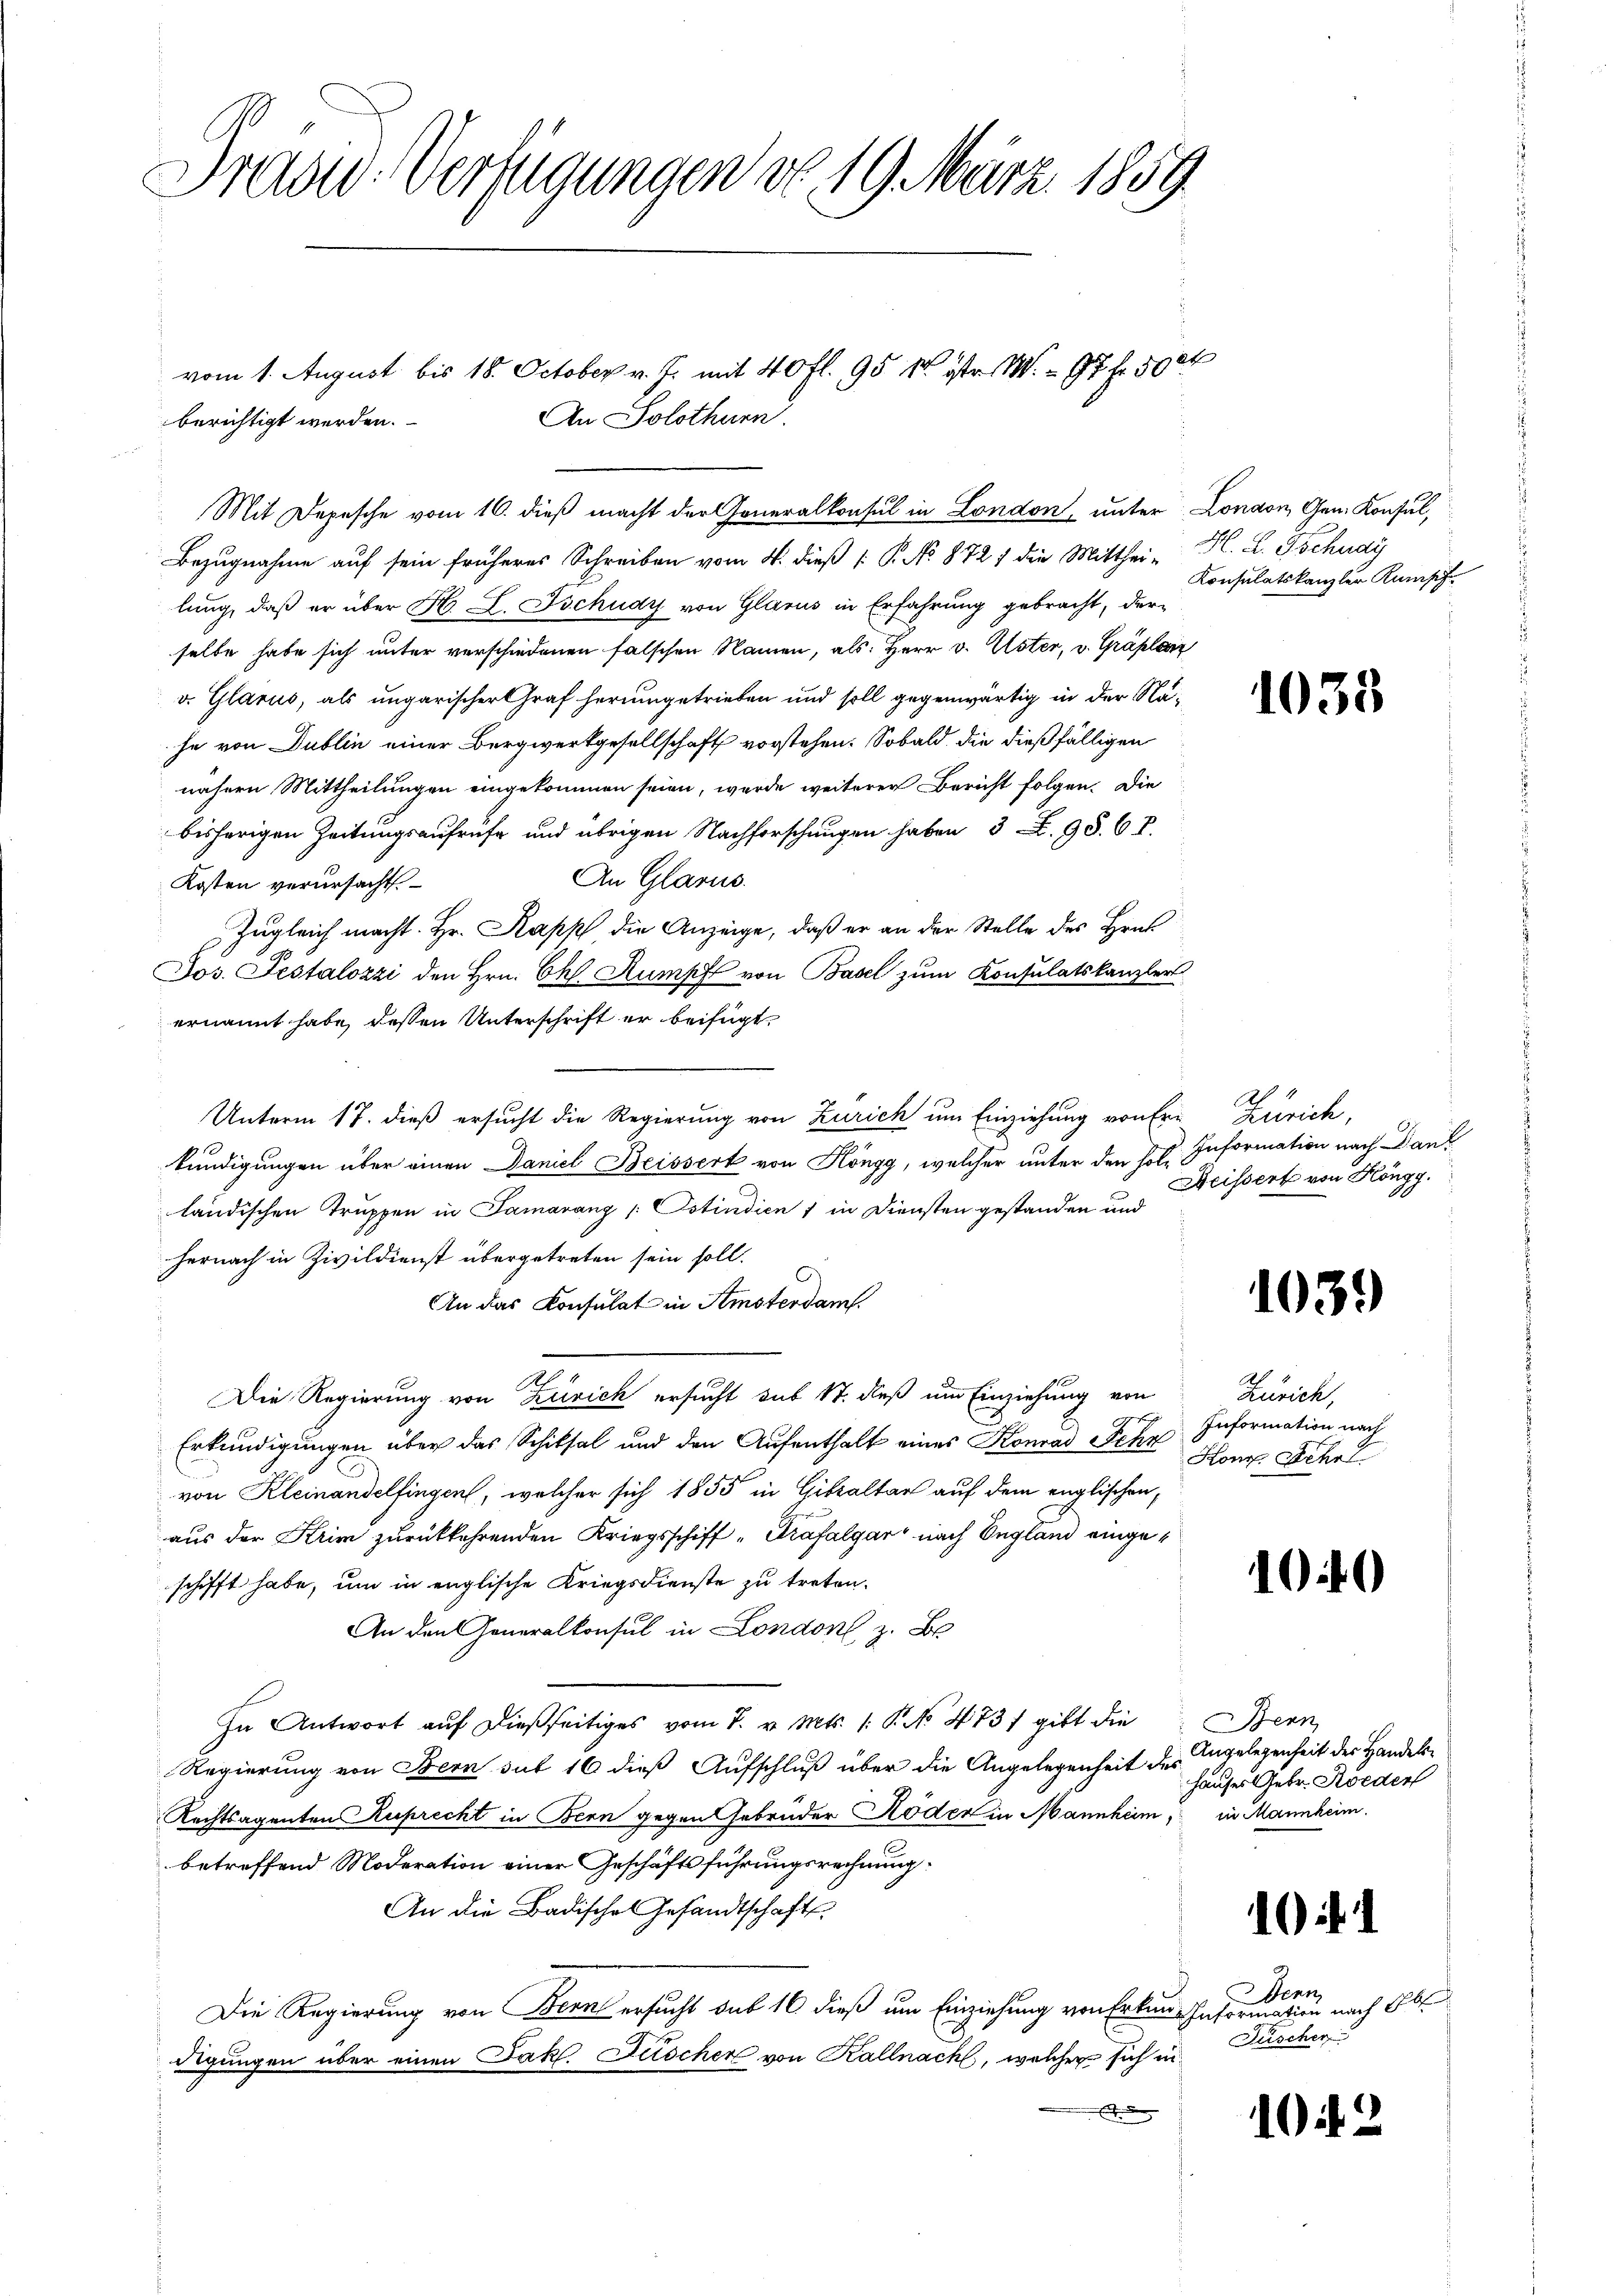
Drad-Verfügungen do 19. März. 1859

Bezugnahme auf sein früheres Schreiben vom 4. dieß 1: P. No 8727 die Mitthei-
lung, daß er über H. L. Tschudy von Glarus in Erfahrung gebracht, derselbe habe sich unter verschiedenen falschen Namen, als: Herr v. Uster, v. Gräplaz
v. Glarus, als ungarischer Graf herumgetrieben und soll gegenwärtig in der Nähe von Dublin einer Bergwerkgesellschaft vorstehen. Sobald die dießfälligen
nähern Mittheilungen eingekommen seien, wurde weiterer Bericht folgen. Die
bisherigen Zeitungsaufrufe und übrigen Nachforschungen haben 3 Z. 98. 6 P.
An Glarus.
Kosten verursacht.
Zugleich macht. Hr. Kapp die Anzeige, daß er an der Stelle des Hrn
Jos. Testalozzi den Hrn. Ch. Rumpf von Basel zum Konsulatskanzler
ernannt habe, dessen Unterschrift er beifügt,
Unterm 17. dieß ersucht die Regierung von Zürich um Einziehung von Ere Zürich,
kundigungen über einen Daniel Beissert von Höngg, welcher unter den sol. Information nach Dank
ländischen Truppen in Samarang (Ostindien 1 in Diensten gestanden und
hernach in Zivildienst übergetreten sein soll.
An das Konsulat in Amsterdam.
Die Regierung von Zürich ersucht sub 17. dieß um Einziehung von
Erkundigungen über das Schiksal und den Aufenthalt eines Konrad Sehn
von Kleinandelfingen, welcher sich 1855 in Gibaltar auf dem englischen,
aus der Krim zurückkehrenden Kriegsschiff "Prafalgar nach England eingeschifft habe, um in englische Kriegsdienste zu treten.
An den Generalkonsul in London, z. B.
In Antwort auf dießseitiges vom 7. v. Mts. /: P. No 473, gibt die
Regierung von Bern sub 16 dieß Aufschluß über die Angelegenheit des Angelegenheit des Handels¬
Rechtsagenten Ruprecht in Bern gegen Gebrüder Röder in Mannheim, in Mannheim.
betreffend Moderation einer Geschäftsführungsrechnung:
An die Badisches Gesandtschafts
Die Regierung von Bern ersucht sub 16 dieß um Einziehung von Erkun- Information nach 16
digungen über einen Jak. Fischer von Kállnach, welcher sich in
E

vom 1. August bis 18. October v. J. mit 40 fl. 95 1 iste M.  97 f. 500
An Solothurn.
berichtigt werden.
Mit Depesche vom 16. dieß macht der Generalkonsul in London, unter

London, Gen. Konsul,
H. L. Tschudy
Konsulatskanzler Kumpf

1033

Al. 4
Deisserte von Höngg.

1039

Zürich,
Information nach
Kong. Schr

100

1

Bern
Hauses Gebr. Körder

.

Denn
Fuscher

102